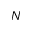
N